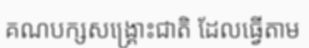
គណបក្សសង្គ្រោះជាតិ ដែលធ្វើតាម